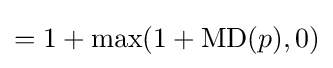
=1+\max(1+\operatorname {MD} (p),0)